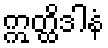
ဣတ္ထိဒါနံ